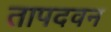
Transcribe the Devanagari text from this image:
तापदवन